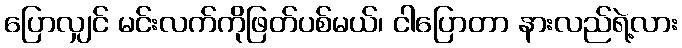
ပြောလျှင် မင်းလက်ကိုဖြတ်ပစ်မယ်၊ ငါပြောတာ နားလည်ရဲ့လား